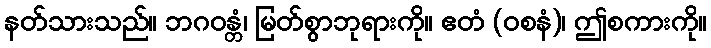
နတ်သားသည်။ ဘဂဝန္တံ၊ မြတ်စွာဘုရားကို။ ဧတံ (ဝစနံ)၊ ဤစကားကို။